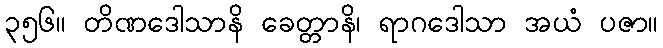
၃၅၆။ တိဏဒေါသာနိ ခေတ္တာနိ၊ ရာဂဒေါသာ အယံ ပဇာ။